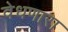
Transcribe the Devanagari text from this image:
वेधणारा